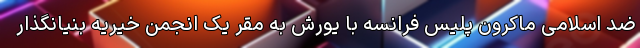
ضد اسلامی ماکرون پلیس فرانسه با یورش به مقر یک انجمن خیریه بنیانگذار